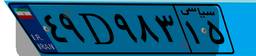
۴۹D۹۸۳۱۵